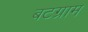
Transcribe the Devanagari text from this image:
बटग्राम